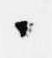
々